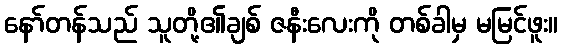
နော်တန်သည် သူတို့၏ချစ် ဇနီးလေးကို တစ်ခါမှ မမြင်ဖူး။